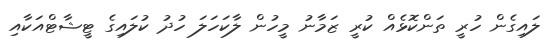
ލައިގެން ހުރީ ތަންކޮޅެއް ކުރީ ޒަމާނު މީހުން ލާކަހަލަ ހުދު ކުލައިގެ ޓީޝާޓްއަކާއި